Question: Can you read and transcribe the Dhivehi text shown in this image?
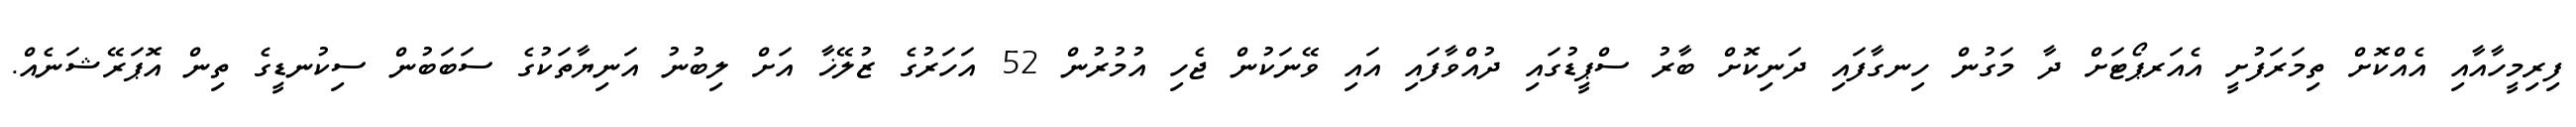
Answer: ފިރިމީހާއާއި އެއްކޮށް ތިމަރަފުށީ އެއަރޕޯޓަށް ދާ މަގުން ހިނގާފައި ދަނިކޮށް ބާރު ސްޕީޑުގައި ދުއްވާފައި އައި ވޭނަކުން ޖެހި އުމުރުން 52 އަހަރުގެ ޒުލޭޚާ އަށް ލިބުނު އަނިޔާތަކުގެ ސަބަބުން ސިކުނޑީގެ ތިން އޮޕަރޭޝަނެއް.